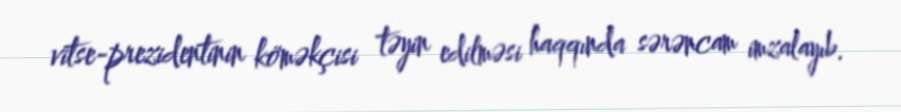
vitse-prezidentinin köməkçisi təyin edilməsi haqqında sərəncam imzalayıb.